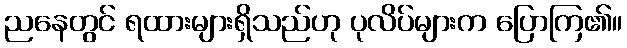
ညနေတွင် ရထားများရှိသည်ဟု ပုလိပ်များက ပြောကြ၏။